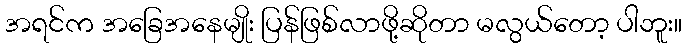
အရင်က အခြေအနေမျိုး ပြန်ဖြစ်လာဖို့ဆိုတာ မလွယ်တော့ ပါဘူး။